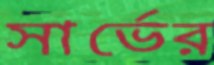
সার্ভের